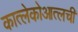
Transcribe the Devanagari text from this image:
कात्लेकोआत्लची